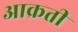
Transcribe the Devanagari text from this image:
आक्रती